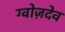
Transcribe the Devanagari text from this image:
ग्वोज़देव